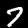
Digit: 7